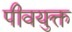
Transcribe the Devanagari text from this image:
पीवयुक्त